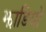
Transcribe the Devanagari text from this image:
झाडियो